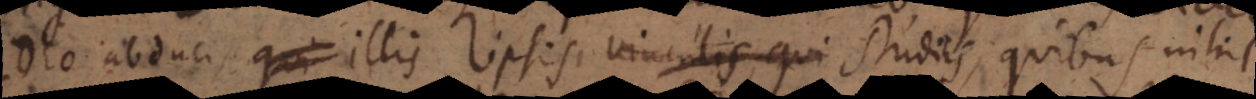
Deo abduci, qui illis ipsis vinculis, qui studiis, quibus nihil